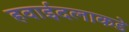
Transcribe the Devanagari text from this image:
हवाईदलाकडे